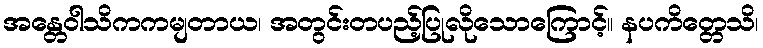
အန္တေဝါသိကကမျတာယ၊ အတွင်းတပည့်ပြုလိုသောကြောင့်။ နပကိတ္တေသိ၊